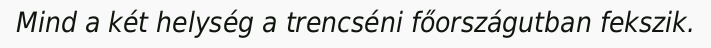
Mind a két helység a trencséni főországutban fekszik.